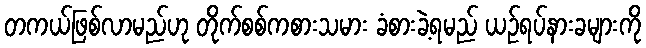
တကယ်ဖြစ်လာမည်ဟု တိုက်စစ်ကစားသမား ခံစားခဲ့ရမည် ယဉ်ရပ်နားခများကို